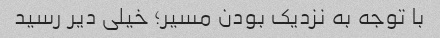
با توجه به نزدیک بودن مسیر؛ خیلی دیر رسید